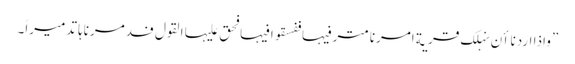
”واذا اردنا اٴن نہلک قریة امرنا مترفیہا ففسقوا فیہا فحق علیہا القول فدمرناہا تدمیراً۔